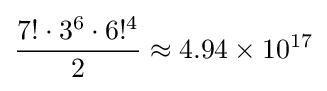
{\frac {7!\cdot 3^{6}\cdot 6!^{4}}{2}}\approx 4.94\times 10^{17}